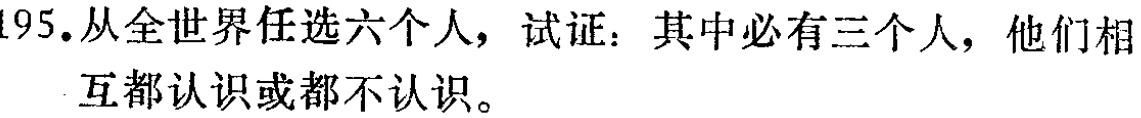
195. 从全世界任选六个人，试证：其中必有三个人，他们相互都认识或都不认识。